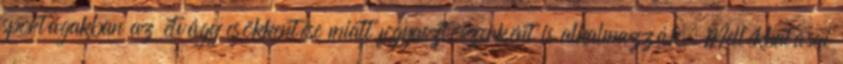
sportágakban az étvágy csökkentése miatt fogyasztószerként is alkalmazzák. Mellékhatásai